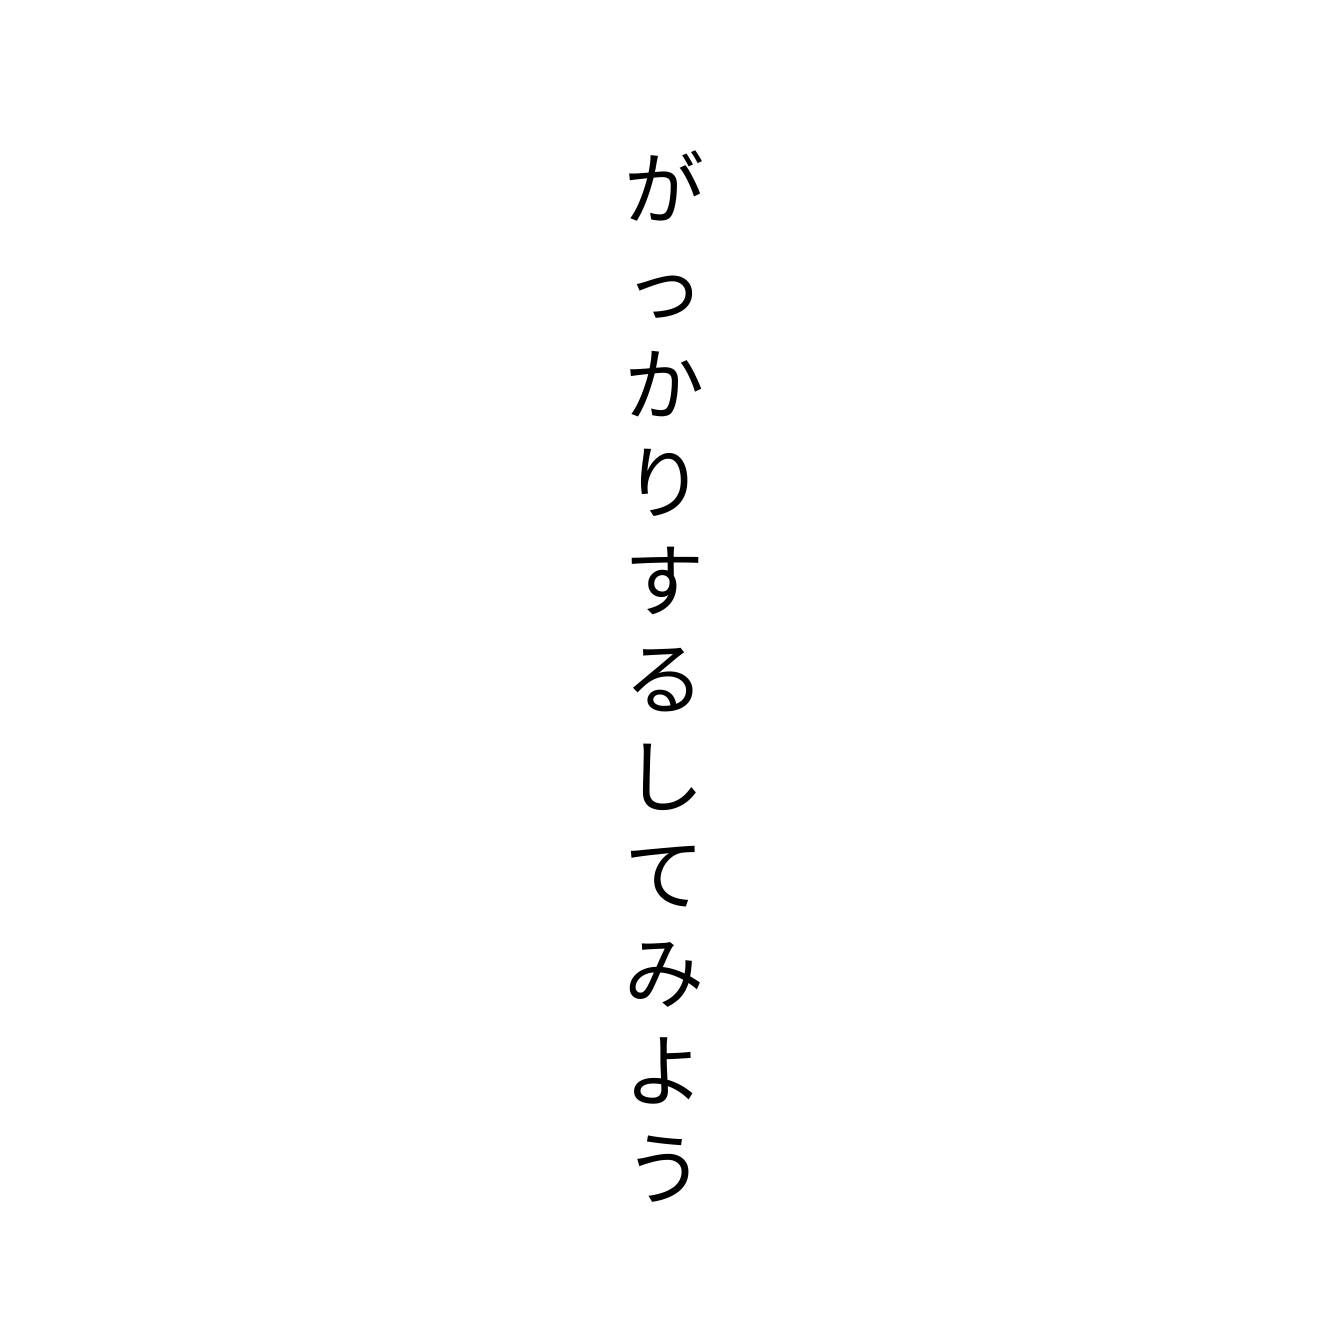
がっかりするしてみよう